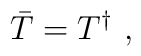
\bar{T} = T^\dagger \, \, ,